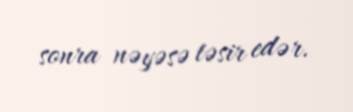
sonra nəyəsə təsir edər.